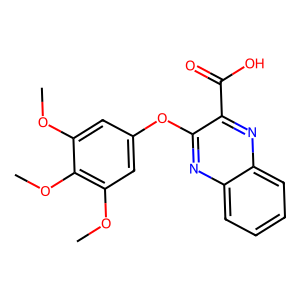
SMILES: COc1cc(Oc2nc3ccccc3nc2C(=O)O)cc(OC)c1OC
Inhibits HIV replication: No